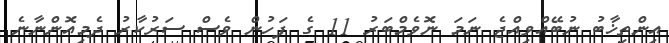
އިންތިޚާބު ނުބޭއްވިއްޖެ ނަމަ ނޮވެމްބަރު 11 ގެ ފަހުން ވެސް ސަރުކާރު ދެމިއޮންނާނެ